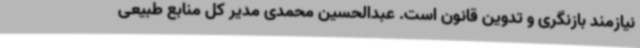
نیازمند بازنگری و تدوین قانون است. عبدالحسین محمدی مدیر کل منابع طبیعی